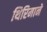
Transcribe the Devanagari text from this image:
थिरिमाने